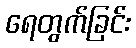
ရေတွက်ခြင်း